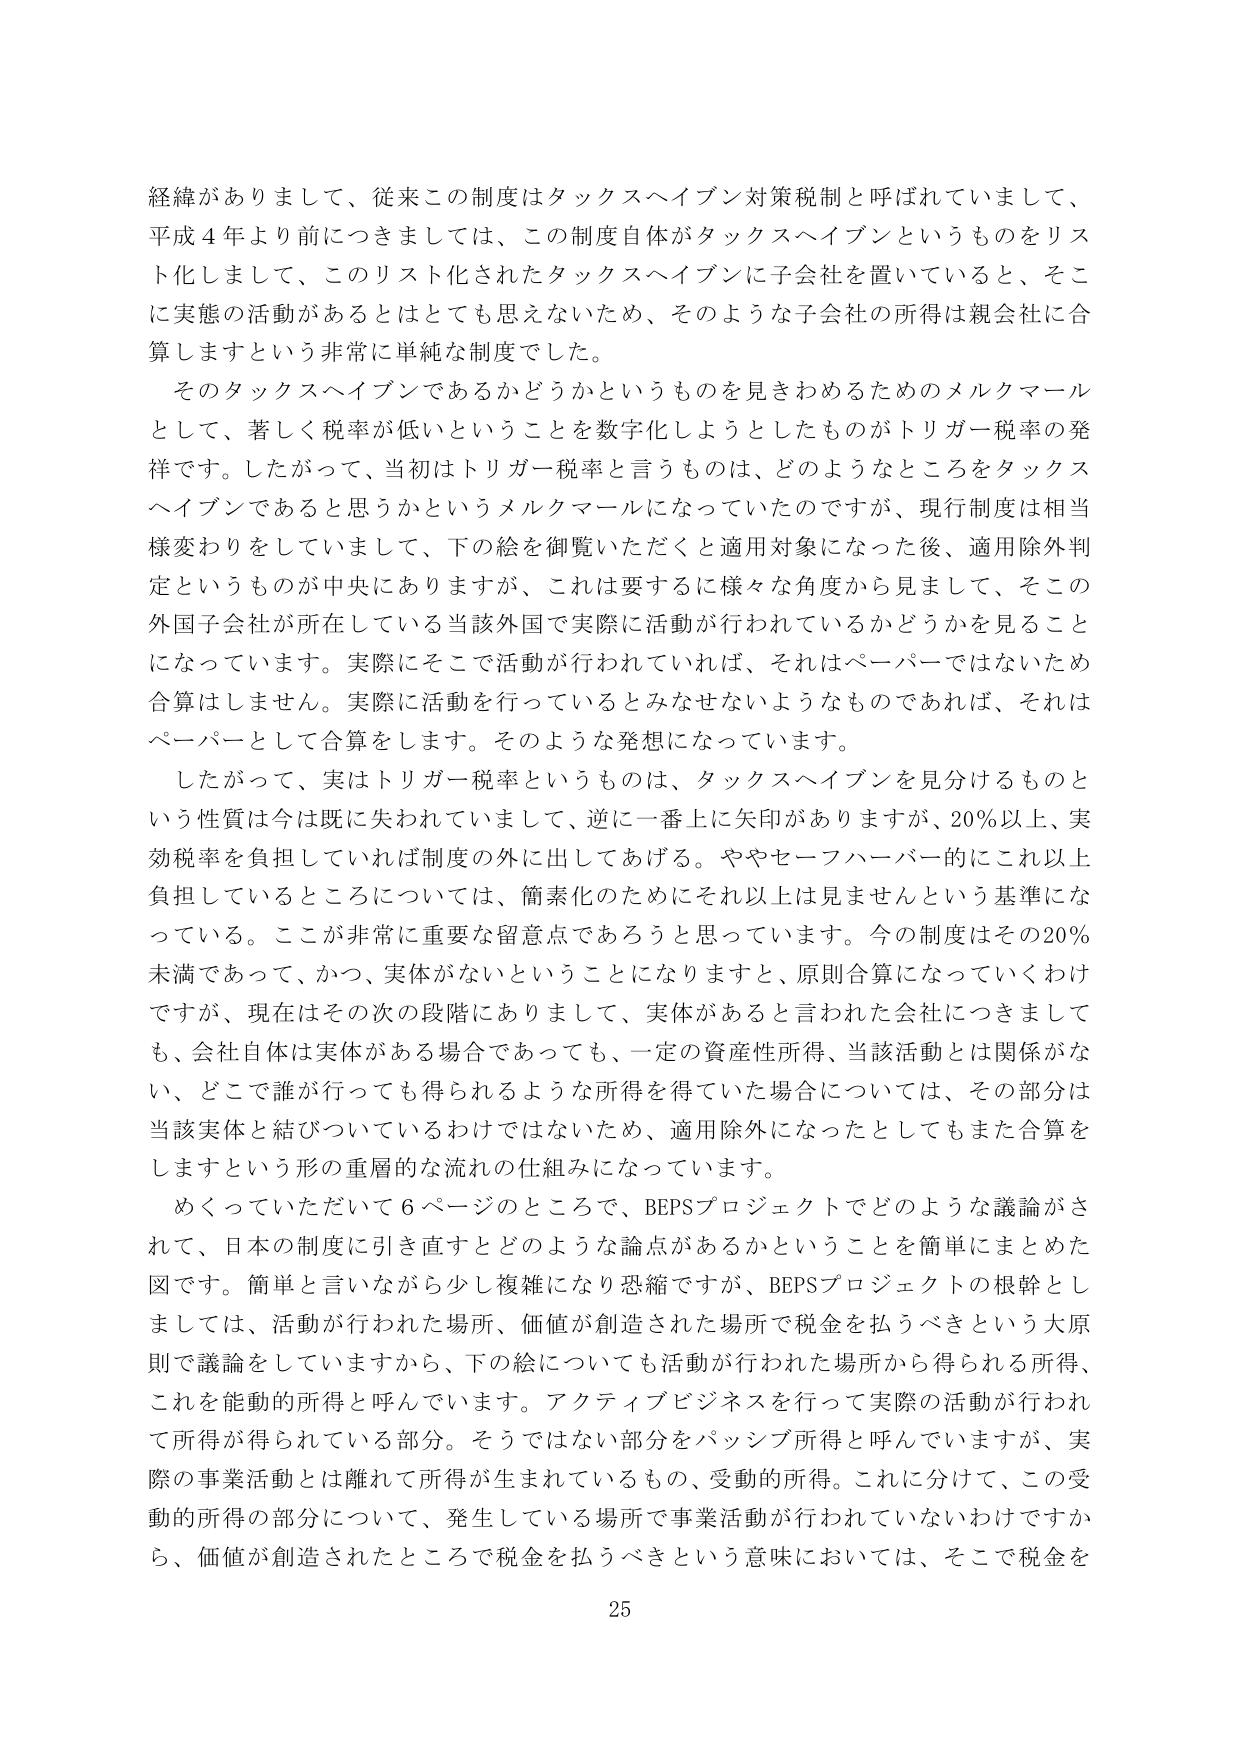
経緯がありまして、従来この制度はタックスヘイブン対策税制と呼ばれていまして、
平成４年より前につきましては、この制度自体がタックスヘイブンというものをリスト化しまして、このリスト化されたタックスヘイブンに子会社を置いていると、そこに実態の活動があるとはとても思えないため、そのような子会社の所得は親会社に合算しますという非常に単純な制度でした。

そのタックスヘイブンであるかどうかというものを見きわめるためのメルクマールとして、著しく税率が低いということを数字化しようとしたものがトリガー税率の発祥です。したがって、当初はトリガー税率と言うものは、どのようなところをタックスヘイブンであると思うかというメルクマールになっていたのですが、現行制度は相当様変わりをしていまして、下の絵を御覧いただくと適用対象になった後、適用除外判定というものが中央にありますが、これは要するに様々な角度から見まして、そこの外国子会社が所在している当該外国で実際に活動が行われているかどうかを見ることになっています。実際にそこで活動が行われていれば、それはペーパーではないため合算はしません。実際に活動を行っているとみなせないようなものであれば、それはペーパーとして合算をします。そのような発想になっています。

したがって、実はトリガー税率というものは、タックスヘイブンを見分けるものという性質は今は既に失われていまして、逆に一番上に矢印がありますが、20％以上、実効税率を負担していれば制度の外に出してあげる。ややセーフハーバー的にこれ以上負担しているところについては、簡素化のためにそれ以上は見ませんという基準になっている。ここが非常に重要な留意点であろうと思っています。今の制度はその20％未満であって、かつ、実体がないということになりますと、原則合算になっていくわけですが、現在はその次の段階にありまして、実体があると言われた会社につきましても、会社自体は実体がある場合であっても、一定の資産性所得、当該活動とは関係がない、どこで誰が行っても得られるような所得を得ていた場合については、その部分は当該実体と結びついているわけではないため、適用除外になったとしてもまた合算をしますという形の重層的な流れの仕組みになっています。

めくっていただいて６ページのところで、BEPSプロジェクトでどのような議論がされて、日本の制度に引き直すとどのような論点があるかということを簡単にまとめた図です。簡単と言いながら少し複雑になり恐縮ですが、BEPSプロジェクトの根幹としては、活動が行われた場所、価値が創造された場所で税金を払うべきという大原則で議論をしていますから、下の絵についても活動が行われた場所から得られる所得、これを能動的所得と呼んでいます。アクティブビジネスを行って実際の活動が行われて所得が得られている部分。そうではない部分をパッシブ所得と呼んでいますが、実際の事業活動とは離れて所得が生まれているもの、受動的所得。これに分けて、この受動的所得の部分について、発生している場所で事業活動が行われていないわけですから、価値が創造されたところで税金を払うべきという意味においては、そこで税金を

25